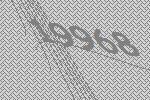
19968